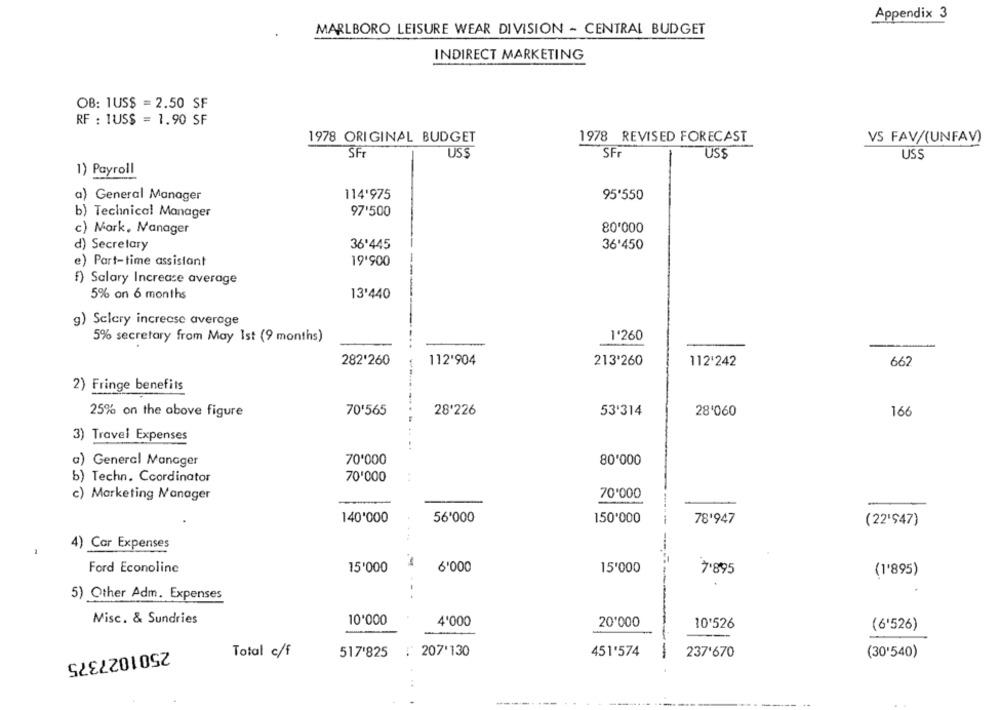
Appendix 3
MARLBORO LEISURE WEAR DIVISION - CENTRAL BUDGET
INDIRECT MARKETING
OB: 1US$ = 2.50 SF
RF : 1US$ = 1.90 SF
1978 ORIGINAL BUDGET
1978 REVISED FORECAST
VS FAV/(UNFAV)
SF
US$
SFr
USS
USS
1) Payroll
a) General Manager
114'975
95'550
97'500
b) Technical Manager
80'000
c) Mark, Manager
d) Secretary
36'445
36'450
e) Part-time assistant
19'900
f) Salary Increase average
5% on 6 months
13'440
g) Sclery increase average
5% secretary from May Ist (9 months)
1'260
282'260
112'904
213'260
112'242
662
2) Fringe benefits
70'565
28'226
25% on the above figure
53'314
28'060
166
3) Travel Expenses
70'000
80'000
a) General Manager
b) Techn. Coordinator
70'000
c) Marketing Manager
70'000
140'000
56'000
150'000
78'947
(22'$47)
4) Car Expenses
Ford Econoline
15'000
6'000
15'000
7'895
(1'895)
5) Other Adm. Expenses
-- .
Misc. & Sundries
10'000
4'000
20'000
10'526
(6'526)
Total c/f
517'825 : 207'130
451'574
-
237'670
(30'540)
2501027375